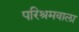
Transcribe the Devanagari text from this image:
परिश्रमवाला